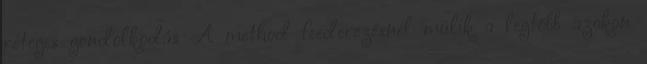
réteges gondolkodás A method feederezésnél múlik a legtöbb azokon